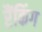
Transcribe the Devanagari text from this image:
रैंकिंग